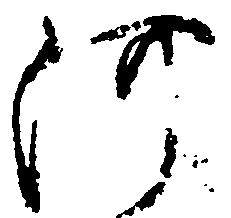
河